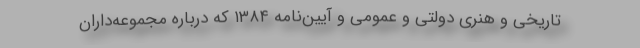
تاریخی و هنری دولتی و عمومی و آیین‌نامه ۱۳۸۴ که درباره مجموعه‌داران